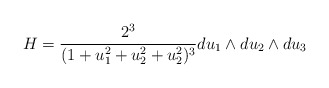
\begin{align*}H=\frac{2^3}{(1+u_1^2+u_2^2+u_2^2)^3}du_1\wedge du_2\wedge du_3\end{align*}